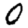
Digit: 0